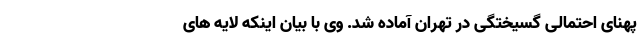
پهنای احتمالی گسیختگی در تهران آماده شد. وی با بیان اینکه لایه های